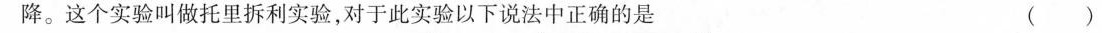
降。这个实验叫做托里拆利实验，对于此实验以下说法中正确的是 ()